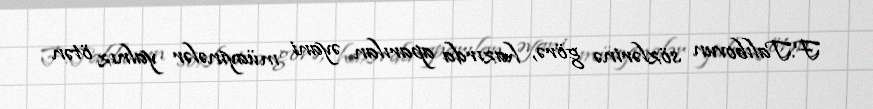
F.Talıbovun sözlərinə görə, hazırda aparılan əyani müayinələr yalnız ötən